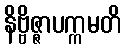
နိဗ္ဗိဇ္ဇာပက္ကမတိ